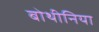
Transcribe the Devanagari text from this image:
बोथीनिया